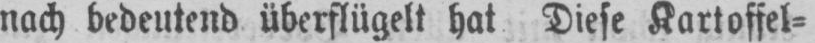
nach bedeutend überflügelt hat Diese Kartoffel⸗